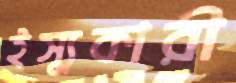
ইস্যুকারী